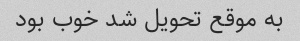
به موقع تحویل شد خوب بود